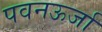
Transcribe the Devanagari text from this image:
पवनऊर्जा